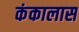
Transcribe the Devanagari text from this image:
कंकालास